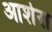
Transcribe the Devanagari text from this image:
आशेरा